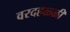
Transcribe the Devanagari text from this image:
वरदहळ्ळी